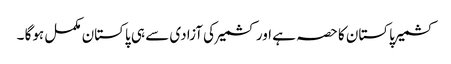
کشمیر پاکستان کا حصہ ہے اور کشمیر کی آزادی سے ہی پاکستان مکمل ہوگا ۔